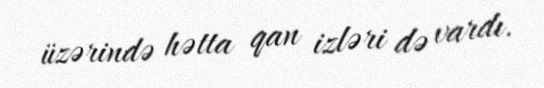
üzərində hətta qan izləri də vardı.